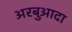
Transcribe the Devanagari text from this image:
अरबुआदा